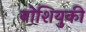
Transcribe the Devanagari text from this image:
योशियुकी